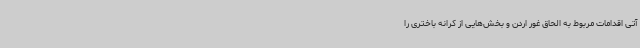
آتی اقدامات مربوط به الحاق غور اردن و بخش‌هایی از کرانه باختری را